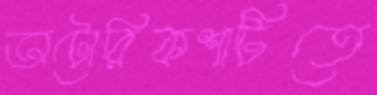
অটোরিকশাটিতে